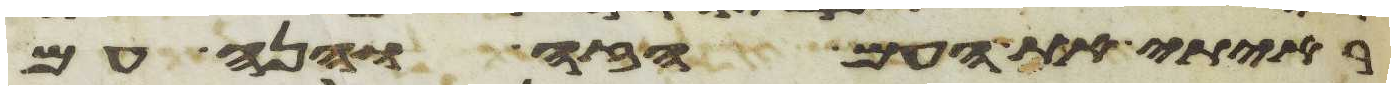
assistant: ראיתי את העם הזה והנה עם